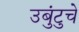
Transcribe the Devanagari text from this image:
उबुंटुचे